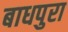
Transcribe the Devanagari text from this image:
बाधपुरा